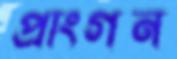
প্রাংগন